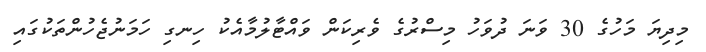
މިދިޔަ މަހުގެ 30 ވަނަ ދުވަހު މިސްރުގެ ވެރިކަން ވައްޓާލުމާއެކު ހިނގި ހަމަނުޖެހުންތަކުގައި